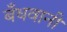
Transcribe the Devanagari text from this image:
बँधवानी